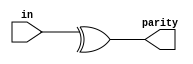
module top_module (
    input [7:0] in,
    output parity); 
    //even parity is calculated by XOR ing all the data bits
    
    assign parity = ^in;

endmodule